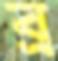
ব্র